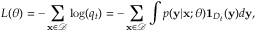
L ( \theta ) = - \sum _ { \mathbf { x } \in \mathcal { D } } \log ( q _ { t } ) = - \sum _ { \mathbf { x } \in \mathcal { D } } \int p ( \mathbf { y } \vert \mathbf { x } ; \theta ) \mathbf { 1 } _ { D _ { t } } ( \mathbf { y } ) d \mathbf { y } ,